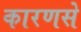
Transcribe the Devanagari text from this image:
कारणसे